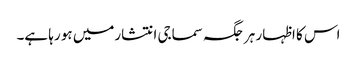
اس کا اظہار ہر جگہ سماجی انتشارمیں ہو رہا ہے۔